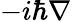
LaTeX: -i\hbar\nabla